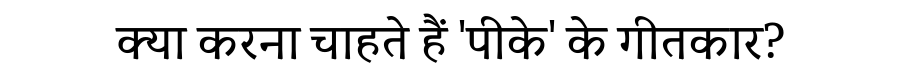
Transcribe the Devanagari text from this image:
क्या करना चाहते हैं 'पीके' के गीतकार?